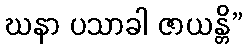
ဃနာ ပသာခါ ဇာယန္တိ”